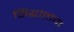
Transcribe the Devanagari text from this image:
सिद्धांतांचा